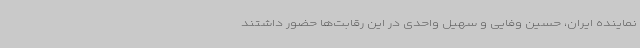
نماینده ایران، حسین وفایی و سهیل واحدی در این رقابت‌ها حضور داشتند